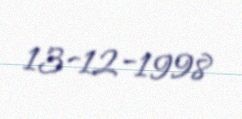
13-12-1998